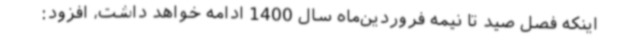
اینکه فصل صید تا نیمه فروردین‌ماه سال 1400 ادامه خواهد داشت، افزود: